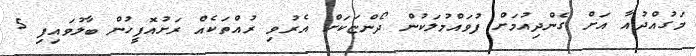
މަގުއްދުއާ އަށް ގެންދިއުމަށް ފުވައްމުލަކުން ދޯންޏަކަށް އެރުވި ރުއްތަކެއް ރަށުއޮފީހުން ބާލުވައިފި 5